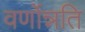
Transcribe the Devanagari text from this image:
वर्णोन्नति